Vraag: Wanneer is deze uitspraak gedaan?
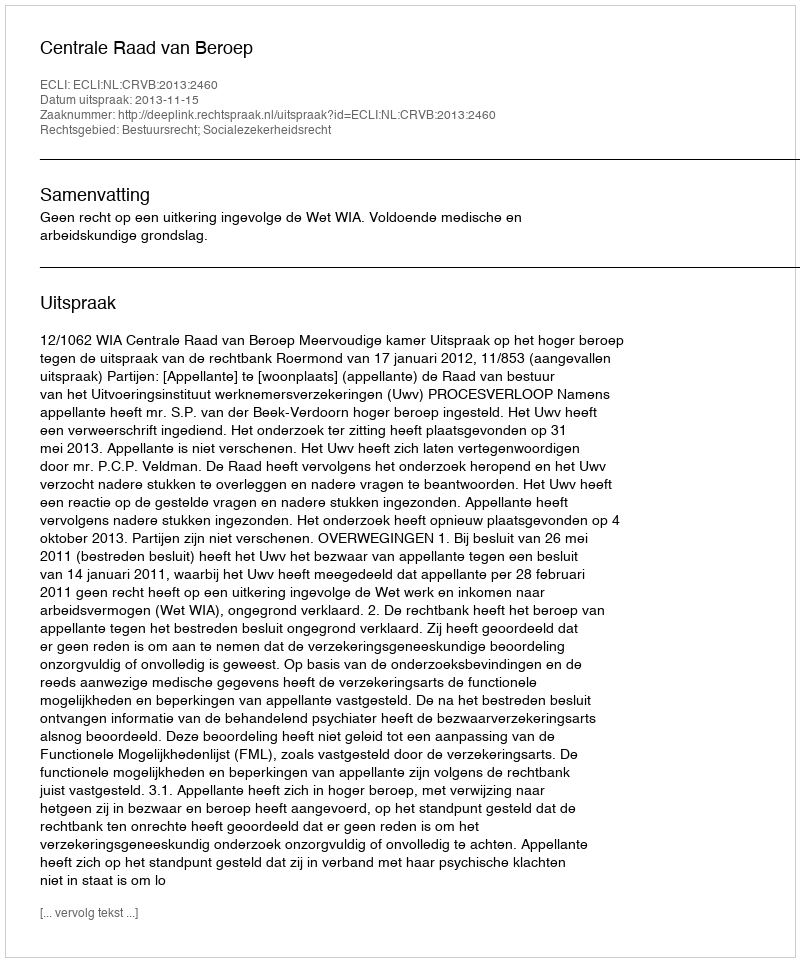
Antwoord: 2013-11-15